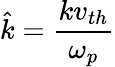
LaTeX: \hat{k}=\frac{kv_{th}}{\omega_{p}}